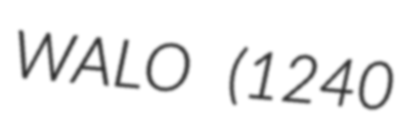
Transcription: WALO (1240